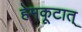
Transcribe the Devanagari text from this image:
हेमकूटात्